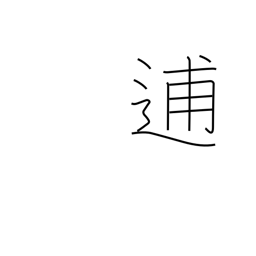
Meaning: flee